Report on the bubonic plague in Bombay, 1896-1897
Year: 1896
Disease focus: Plague
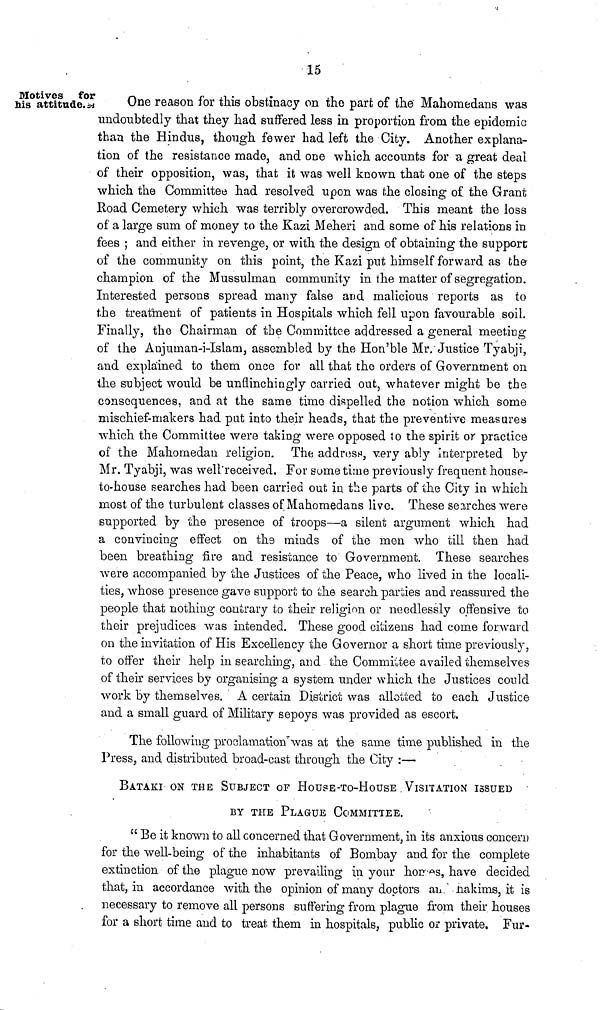
15
Motives for
his attitude.
One reason for this obstinacy on the part of the Mahomedans was
undoubtedly that they had suffered less in proportion from the epidemic
than the Hindus, though fewer had left the City. Another explana-
tion of the resistance made, and one which accounts for a great deal
of their opposition, was, that it was well known that one of the steps
which the Committee had resolved upon was the closing of the Grant
Road Cemetery which was terribly overcrowded. This meant the loss
of a large sum of money to the Kazi Meheri and some of his relations in
fees ; and either in revenge, or with the design of obtaining the support
of the community on this point, the Kazi put himself forward as the
champion of the Mussulman community in the matter of segregation.
Interested persons spread many false and malicious reports as to
the treatment of patients in Hospitals which fell upon favourable soil.
Finally, the Chairman of the Committee addressed a general meeting
of the Anjuman-i-Islam, assembled by the Hon'ble Mr. Justice Tyabji,
and explained to them once for all that the orders of Government on
the subject would be unflinchingly carried out, whatever might be the
consequences, and at the same time dispelled the notion which some
mischief-makers had pat into their heads, that the preventive measures
which the Committee were taking were opposed to the spirit or practice
of the Mahornedan religion. The address, very ably interpreted by
Mr. Tyabji, was well received. For some time previously frequent house-
to-house searches had been carried out in the parts of the City in which
most of the turbulent classes of Mahomedans live. These searches were
supported by the presence of troops—a silent argument which had
a convincing effect on the minds of the men who till then had
been breathing fire and resistance to Government. These searches
were accompanied by the Justices of the Peace, who lived in the locali-
ties, whose presence gave support to the search parties and reassured the
people that nothing contrary to their religion or needlessly offensive to
their prejudices was intended. These good citizens had come forward
on the invitation of His Excellency the Governor a short time previously,
to offer their help in searching, and the Committee availed themselves
of their services by organising a system under which the Justices could
work by themselves. A certain District was allotted to each Justice
and a small guard of Military sepoys was provided as escort.
The following proclamation was at the same time published in the
Press, and distributed broad-cast through the City :—
BATAKI ON THE SUBJECT OF HOUSE-TO-HOUSE VISITATION ISSUED
BY THE PLAGUE COMMITTEE.
" Be it known to all concerned that Government, in its anxious concern
for the well-being of the inhabitants of Bombay and for the complete
extinction of the plague now prevailing in your homes, have decided
that, in accordance with the opinion of many doctors and hakims, it is
necessary to remove all persons suffering from plague from their houses
for a short time and to treat them in hospitals, public or private. Fur-